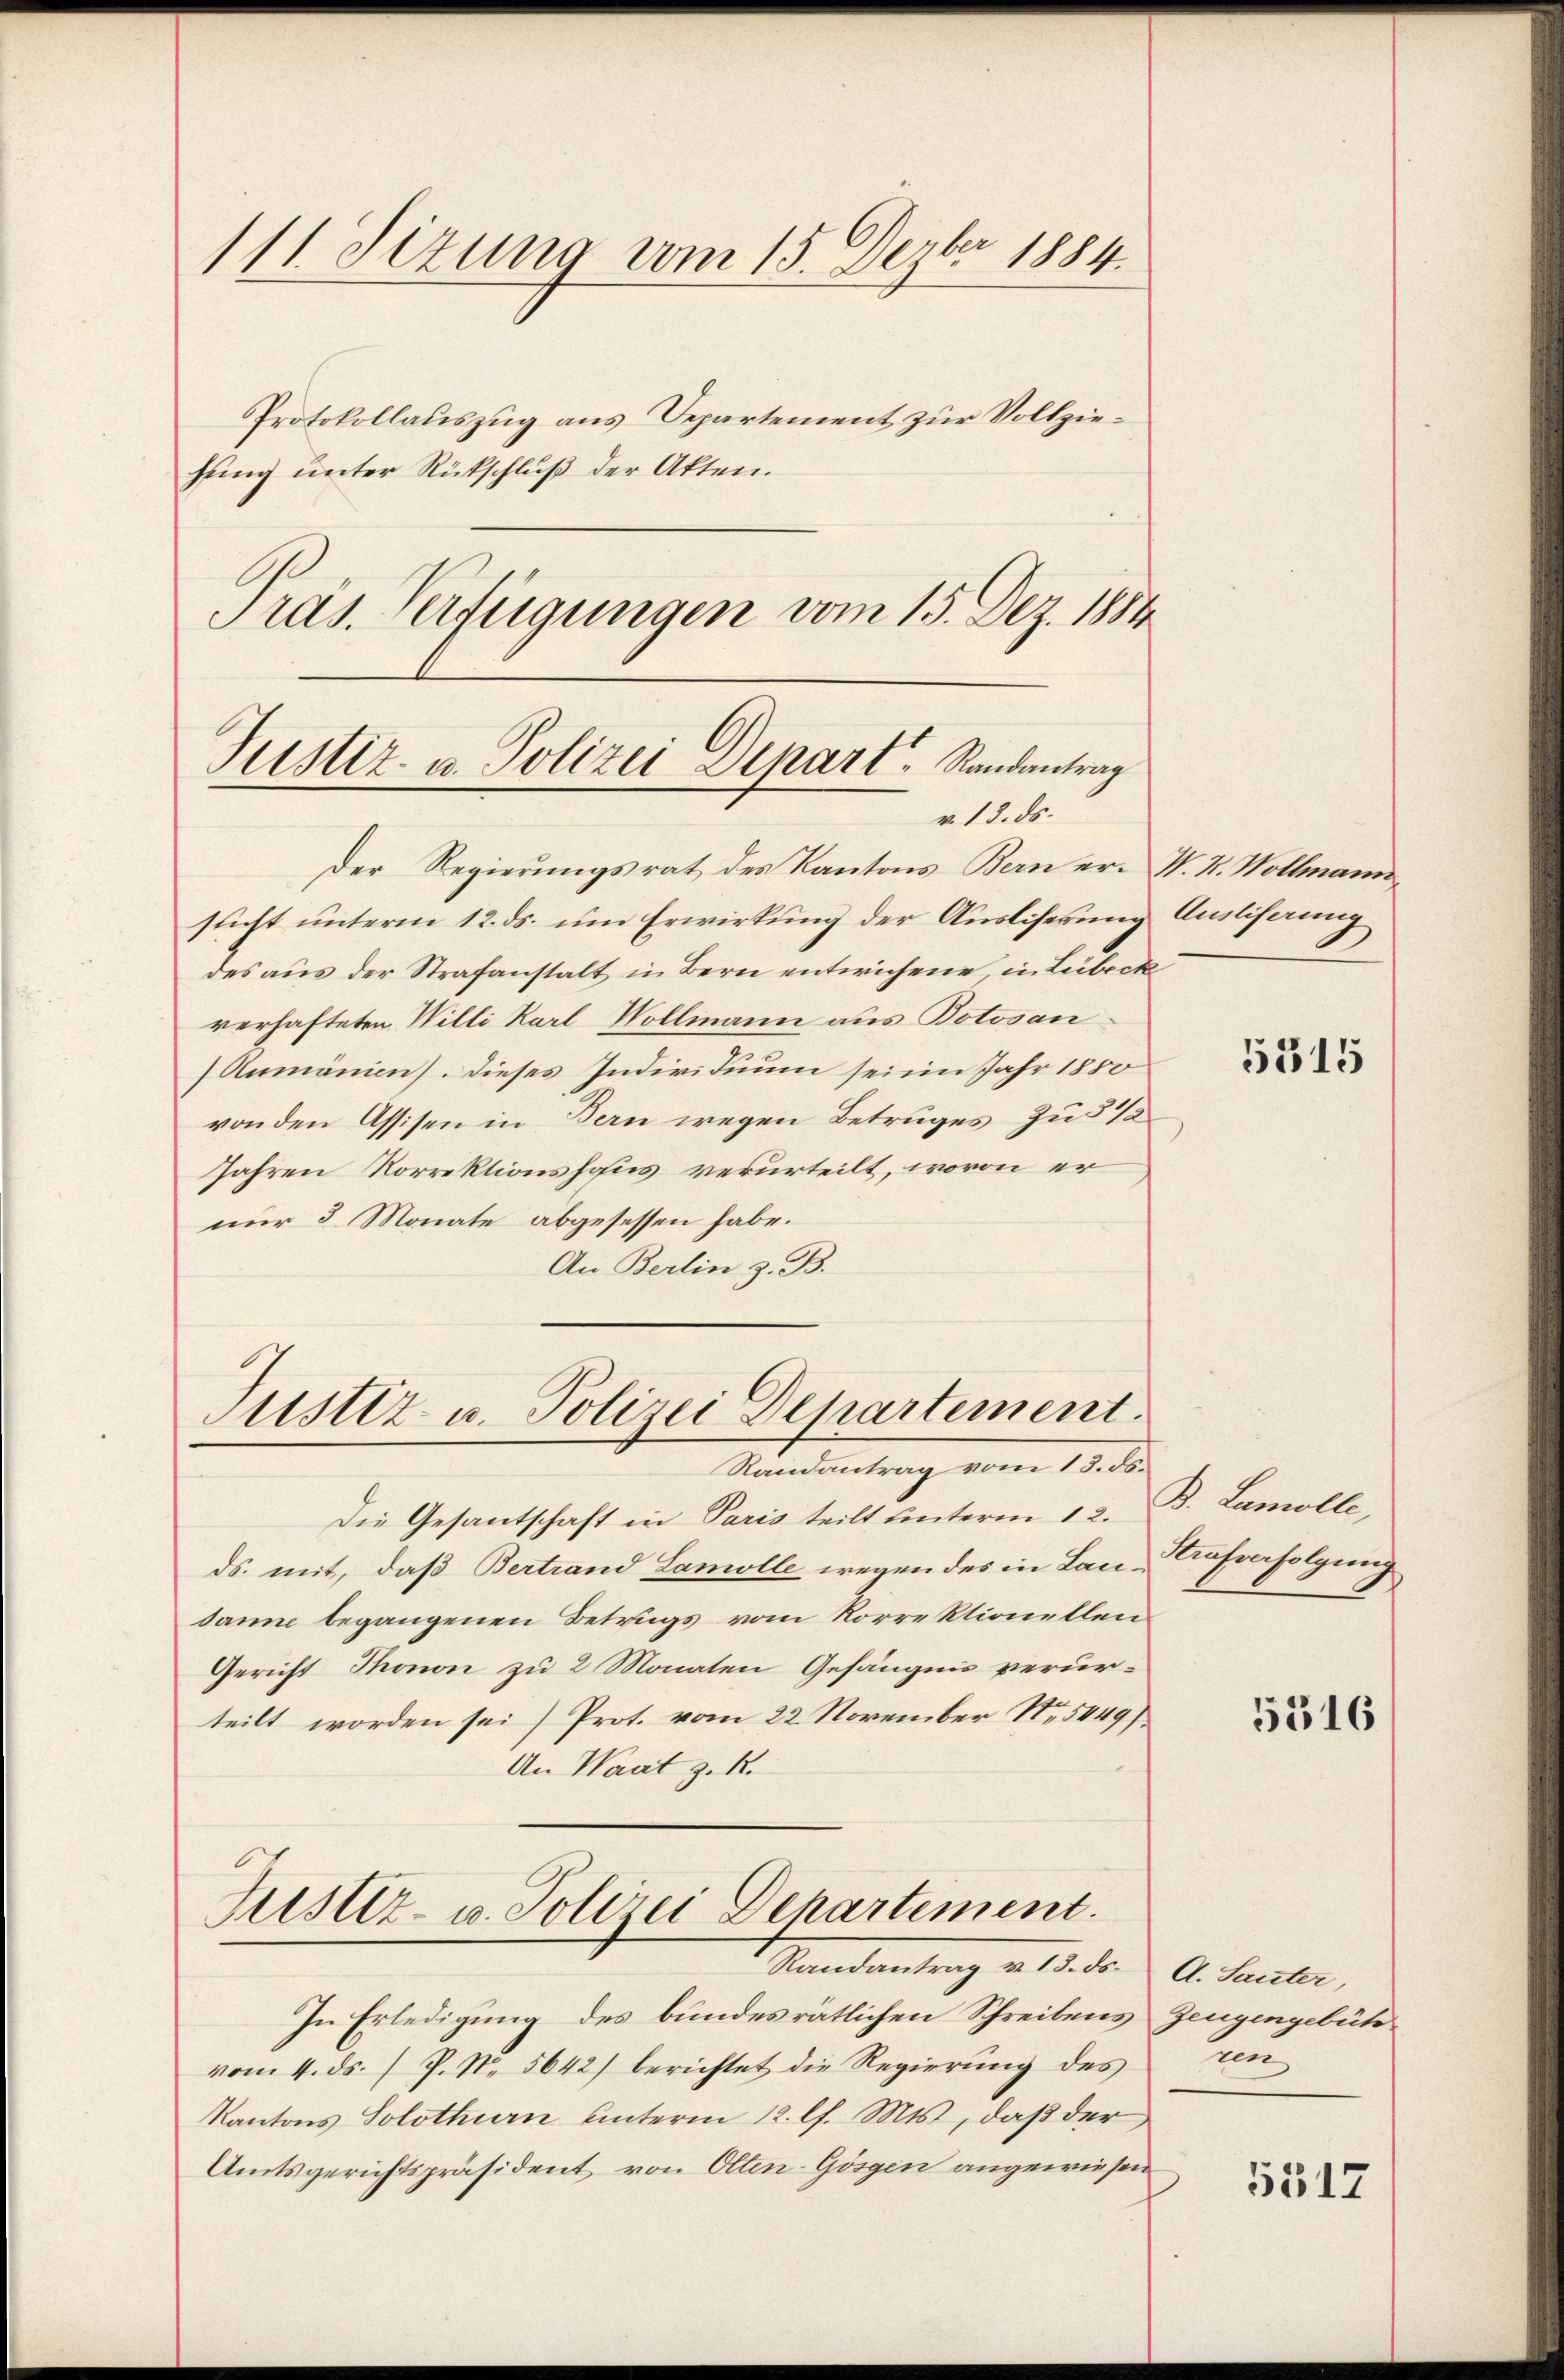
111. Sizung vom 15. Dezbr 1884.

Protokollauszug aus Departement zur Vollziehung unter Rückschluß der Akten.
Pras. Verfügungen vom 15. Dez. 1884

Justiz- u. Polizei Depart. Randantrag
v. 13. ds.

Der Regierungsrat des Kantons Bern er- N. N. Wollmann
sticht unterm 12. ds. um Erwirkung der Ausliserung
des aŭs der Strafanstalt in Bern entwichene in Lübeck
verhafteten Willi Karl Wollmann aus Botosan
Rumänien). Dieses Individuum sei im Jahr 1850
von den Assisen in Bern wegen Betruges zu 5 1/2
Jahren Korrektionshofes verurteilt, wovon er
nur 3 Monate abgesessen habe.
An Berlin z. B.

Justiz- u. Polizei Departement.
Randantrag vom 13. ds.

Justiz- u. Polizei Departement.
Randantrag v. 13. ds. A. Sauter,

Die Gesantschaft in Paris teilt unterm 12.
ds. mit, daß Bertrand Samolle wegen des in Landann begangenen Betrugs vom Korrektionellen
Gericht Thonon zu 2 Monaten Gefängnis verurteilt worden sei Prot. vom 22. November Nr. 5449)
An Waat z. B.

Auslieferung

In Erledigung des bundesratlichen Schreibens Zeugengebühvom 4. ds. P. N. 5642) berichtet die Regierung des
Kantons Solothurn unterm 12. l. Mts., daß der
Amtsgerichtspräsident von Olten-Gösgen angewiesen

5315

B. Lamolle,
Strafenfolgung

5316

uen

5517